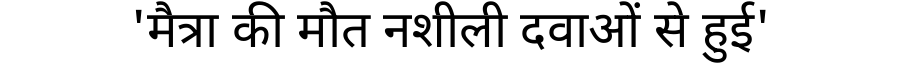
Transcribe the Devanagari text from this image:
'मैत्रा की मौत नशीली दवाओं से हुई'